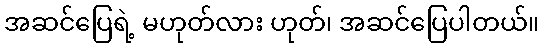
အဆင်ပြေရဲ့ မဟုတ်လား ဟုတ်၊ အဆင်ပြေပါတယ်။